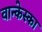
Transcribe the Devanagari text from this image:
वान्केस्का